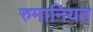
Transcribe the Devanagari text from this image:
रुमानियत